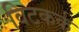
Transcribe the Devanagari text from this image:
विटकर्क